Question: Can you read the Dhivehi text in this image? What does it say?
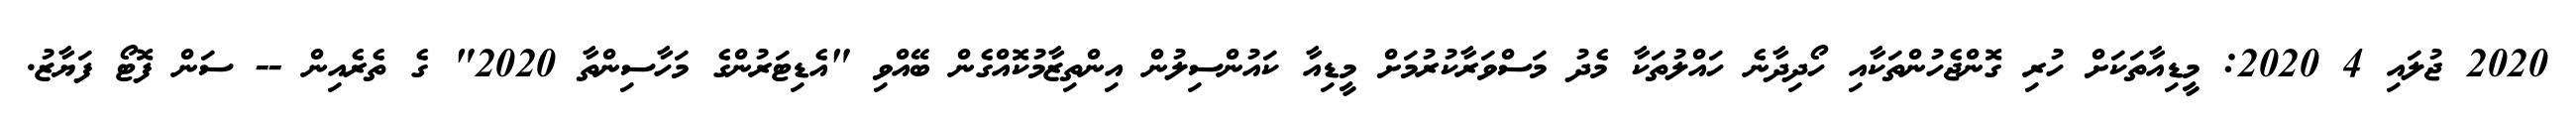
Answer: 2020 ޖުލައި 4 2020: މީޑިއާތަކަށް ހުރި ގޮންޖެހުންތަކާއި ހޯދިދާނެ ހައްލުތަކާ މެދު މަސްވަރާކުރުމަށް މީޑިއާ ކައުންސިލުން އިންތިޒާމުކޮއްގެން ބޭއްވި "އެޑިޓަރުންގެ މަހާސިންތާ 2020" ގެ ތެރެއިން -- ސަން ފޮޓޯ ފަޔާޒު.